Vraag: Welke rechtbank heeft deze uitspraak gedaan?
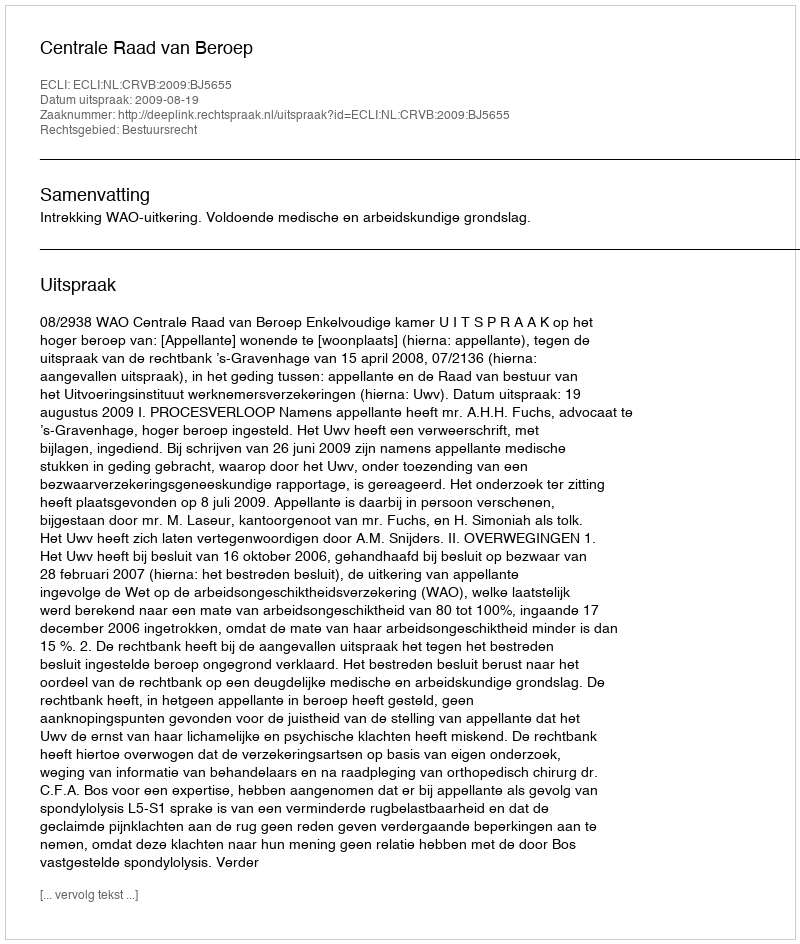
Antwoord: Centrale Raad van Beroep